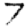
Digit: 7